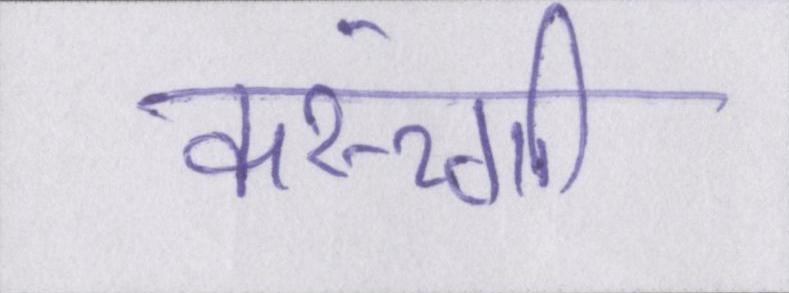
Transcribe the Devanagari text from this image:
करूंगी